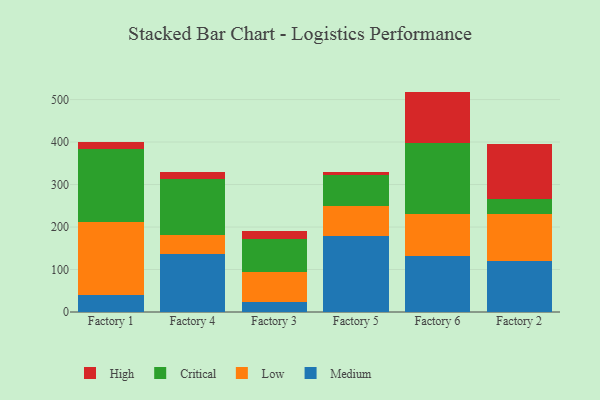
{"axis": {"x": "Factory", "y": "Net Income (USD K)"}, "legend": ["Critical", "High", "Low", "Medium"], "data": [{"x": "Factory 1", "y": 38.9, "type": "Medium"}, {"x": "Factory 1", "y": 172.0, "type": "Low"}, {"x": "Factory 1", "y": 171.8, "type": "Critical"}, {"x": "Factory 1", "y": 16.6, "type": "High"}, {"x": "Factory 4", "y": 136.9, "type": "Medium"}, {"x": "Factory 4", "y": 45.3, "type": "Low"}, {"x": "Factory 4", "y": 130.9, "type": "Critical"}, {"x": "Factory 4", "y": 17.3, "type": "High"}, {"x": "Factory 3", "y": 22.8, "type": "Medium"}, {"x": "Factory 3", "y": 71.7, "type": "Low"}, {"x": "Factory 3", "y": 76.9, "type": "Critical"}, {"x": "Factory 3", "y": 19.2, "type": "High"}, {"x": "Factory 5", "y": 178.1, "type": "Medium"}, {"x": "Factory 5", "y": 72.5, "type": "Low"}, {"x": "Factory 5", "y": 72.9, "type": "Critical"}, {"x": "Factory 5", "y": 5.6, "type": "High"}, {"x": "Factory 6", "y": 131.9, "type": "Medium"}, {"x": "Factory 6", "y": 98.5, "type": "Low"}, {"x": "Factory 6", "y": 168.0, "type": "Critical"}, {"x": "Factory 6", "y": 120.3, "type": "High"}, {"x": "Factory 2", "y": 120.6, "type": "Medium"}, {"x": "Factory 2", "y": 108.9, "type": "Low"}, {"x": "Factory 2", "y": 35.4, "type": "Critical"}, {"x": "Factory 2", "y": 131.4, "type": "High"}]}